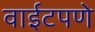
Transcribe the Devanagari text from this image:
वाईटपणे